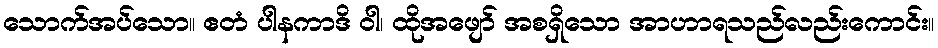
သောက်အပ်သော။ ဧတံ ပါနကာဒိ ဝါ၊ ထိုအဖျော် အစရှိသော အာဟာရသည်လည်းကောင်း။